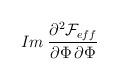
LaTeX: \begin{align*}Im \: \frac {\partial ^{2} {\cal F}_{eff}}{\partial \Phi \, \partial \Phi}\end{align*}